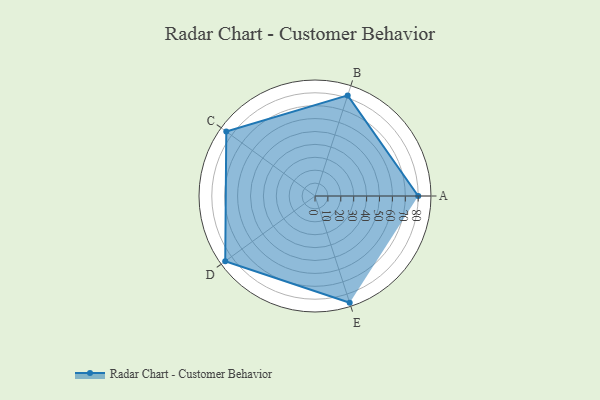
{"axis": {"x": "Skill", "y": "Score"}, "legend": ["Profile"], "data": [{"x": "A", "y": 80.0, "type": "Profile"}, {"x": "B", "y": 82.0, "type": "Profile"}, {"x": "C", "y": 85.0, "type": "Profile"}, {"x": "D", "y": 86.0, "type": "Profile"}, {"x": "E", "y": 87.0, "type": "Profile"}]}